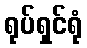
ရုပ်ရှင်ရုံ